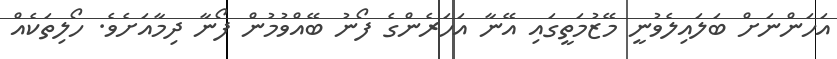
އަހަންނަށް ބަލައިލެވުނީ މޭޒުމަތީގައި އޭނާ އަހަރެންގެ ފޯނު ބޭއްވުމުން ފޯނާ ދިމާއަށެވެ. ހޯލިތަކެއް